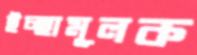
ইচ্ছামূলক